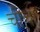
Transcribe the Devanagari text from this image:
चीचा